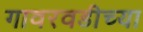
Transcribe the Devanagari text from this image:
गावरवडीच्या